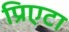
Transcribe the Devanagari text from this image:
प्रिएटा